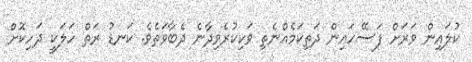
ކުލައިން ވަރަށް ފަސޭހައިން ދަތިކަމެއްނެތި ވަކިކުރެވިދާނެ ދެބާވަތެވެ. ކަނޑު ރަތް ހަލަކީ ދަހިކޮށް